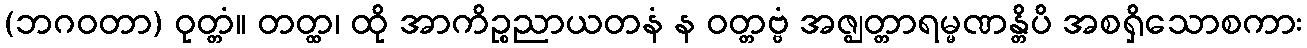
(ဘဂဝတာ) ဝုတ္တံ။ တတ္ထ၊ ထို အာကိဉ္စညာယတနံ န ဝတ္တဗ္ဗံ အဇ္ဈတ္တာရမ္မဏန္တိပိ အစရှိသောစကား